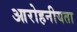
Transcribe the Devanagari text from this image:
आरोहनीयता